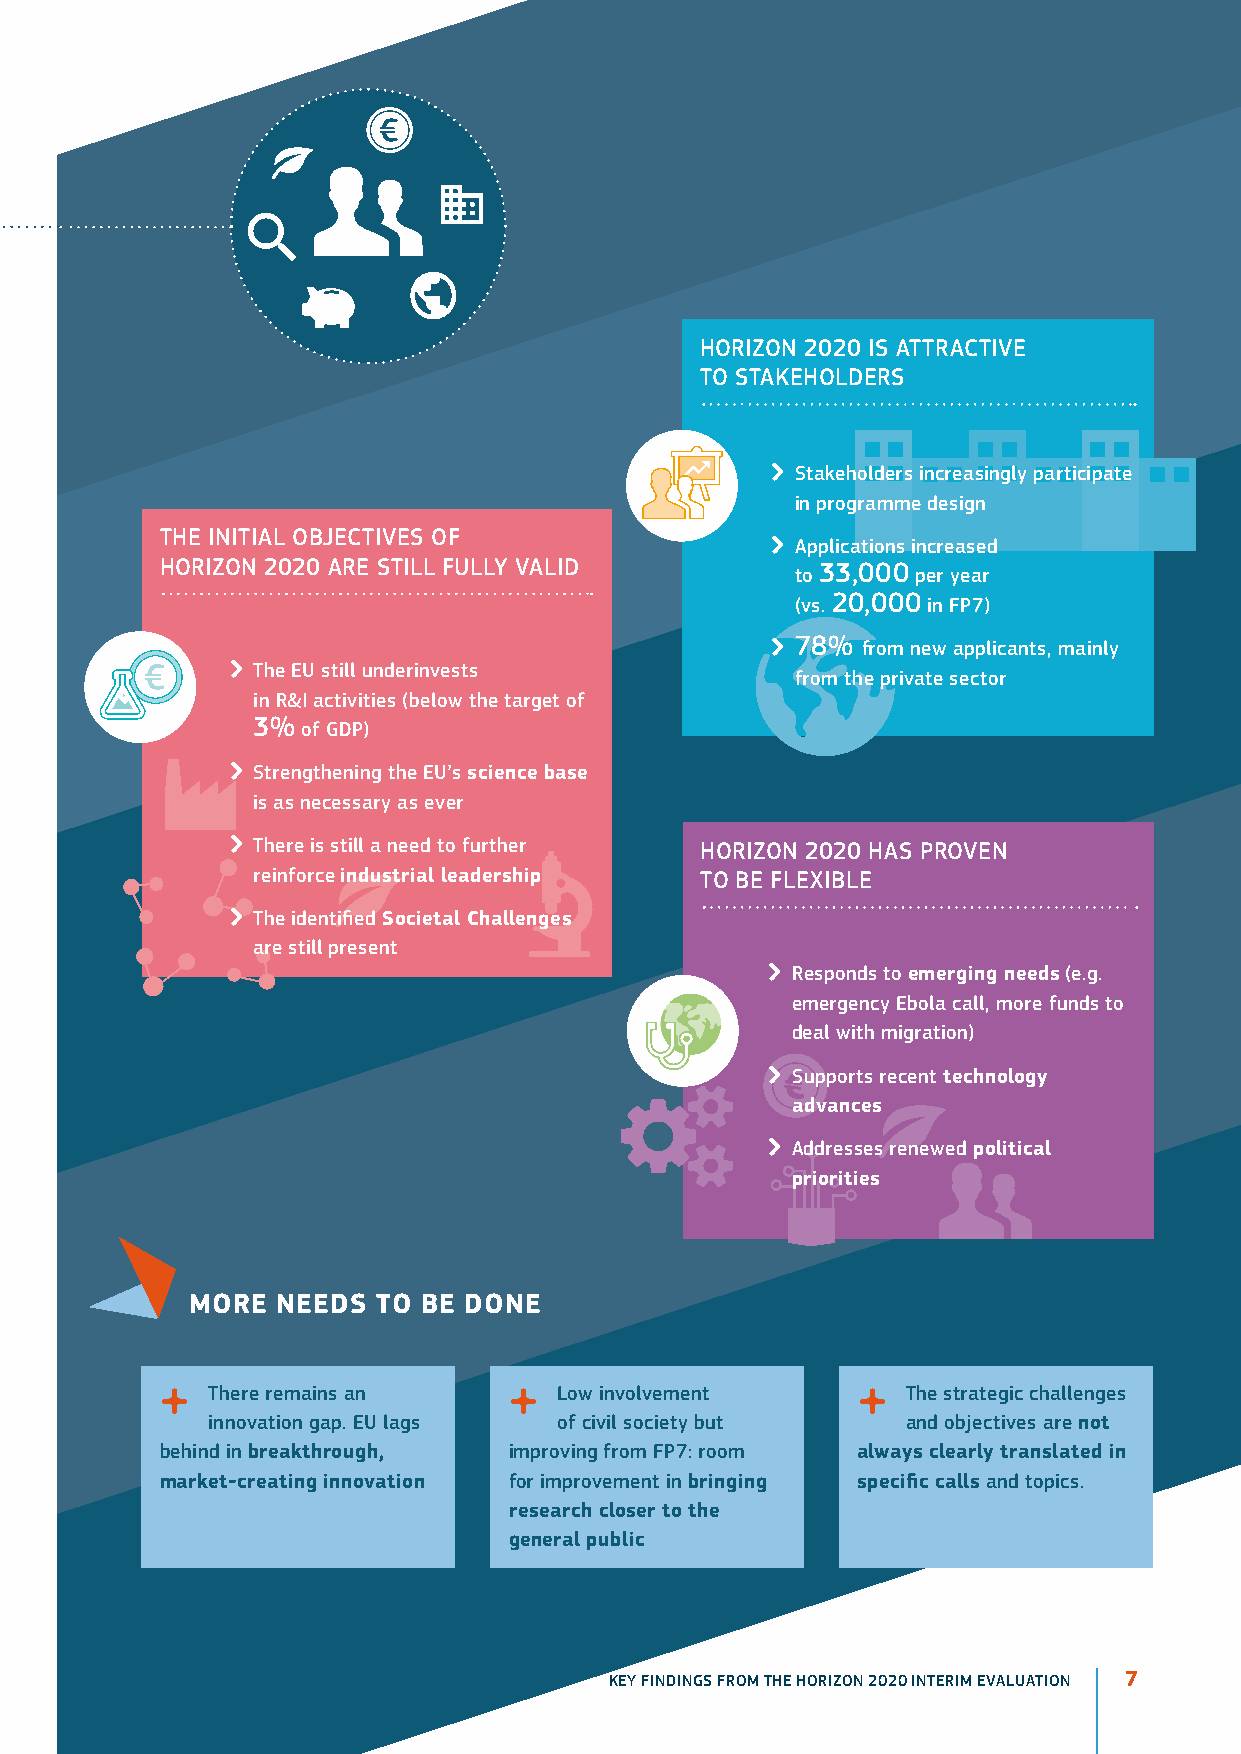
Horizon 2020 iS ATTrACTiVE
 To STAKEHoLDErS
  Stakeholders increasingly participate
 in programme design
 THE iniTiAL oBJECTiVES oF
  Applications increased
 Horizon 2020 ArE STiLL FULLY VALiD        to 33,000 per year
 (vs. 20,000 in FP7)
  78% from new applicants, mainly
  The EU still underinvests
 from the private sector
 in r&i activities (below the target of
 3% of GDP)
  Strengthening the EU’s science base
 is as necessary as ever
  There is still a need to further Horizon 2020 HAS ProVEn
 reinforce industrial leadership To BE FLEXiBLE
  The identified Societal challenges
 are still present
  responds to emerging needs (e.g.
 emergency Ebola call, more funds to
 deal with migration)
  Supports recent technology
 advances
  Addresses renewed political
 priorities
 MoRE nEEdS  to BE donE
 s  There remains an    s  Low involvement     s  The strategic challenges
 innovation gap. EU lags of civil society but  and objectives are not
 behind in breakthrough, improving from FP7: room always clearly translated in
 market-creating innovation for improvement in bringing specific calls and topics.
 research closer to the
 general public
 KEY FINDINGS FROM THE HORIZON 2020 INTERIM EVALUATION 7